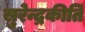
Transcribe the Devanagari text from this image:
सुरेन्द्रकीर्ति